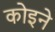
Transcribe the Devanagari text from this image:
कोइने